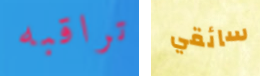
تراقبه سائقي